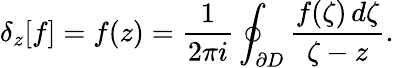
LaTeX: \delta_{z}[f]=f(z)={\frac{1}{2\pi i}}\oint_{\partial D}{\frac{f(\zeta)\, d\zeta}{\zeta-z}}.